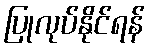
ပြုလုပ်နိုင်ရန်